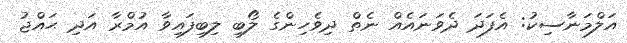
އަލްމަނާސިކު: އެފަދަ ދެވަނައެއް ނެތް ދިވެހިންގެ ލޯބި ލިބިފައިވާ އުމްރާ އަދި ޙައްޖު